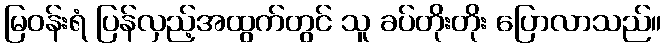
မြဝန်းရံ ပြန်လှည့်အထွက်တွင် သူ ခပ်တိုးတိုး ပြောလာသည်။